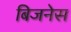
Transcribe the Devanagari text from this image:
बिजनेस